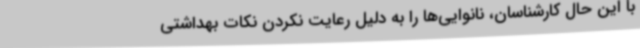
با این حال کارشناسان، نانوایی‌ها را به دلیل رعایت نکردن نکات بهداشتی